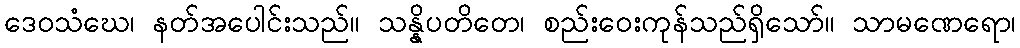
ဒေဝသံဃေ၊ နတ်အပေါင်းသည်။ သန္နိပတိတေ၊ စည်းဝေးကုန်သည်ရှိသော်။ သာမဏေရော၊